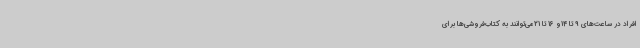
افراد در ساعت‌های 9 تا 14و 16 تا 21می‌توانند به کتاب‌فروشی‌ها برای